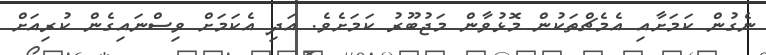
ނެގުން ކަމަށާއި އެމެޗްތަކުން މޮޅުވާން މަޖުބޫރު ކަމަށެވެ. އަދި އެކަމަށް ވިސްނައިގެން ކުރިއަށް